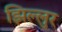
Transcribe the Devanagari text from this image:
झिल्लुर